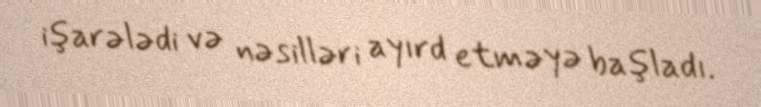
işarələdi və nəsilləri ayırd etməyə başladı.